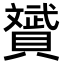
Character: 贇